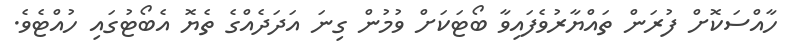
ހާއްސަކޮށް ފުރަން ތައްޔާރުވެފައިވާ ބޯޓަކަށް ވުމުން ގިނަ އަދަދެއްގެ ތެޔޮ އެބޯޓުގައި ހުއްޓެވެ.